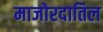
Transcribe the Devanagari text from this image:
माजोरदातिल